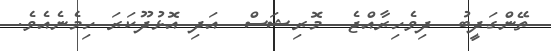
ތޭންގަދީބު  ދިވެހިރާއްޖެ  މޮރިޝަސް  އަދި އޮޅުދޫކަރަ ހިމެނެއެވެ.